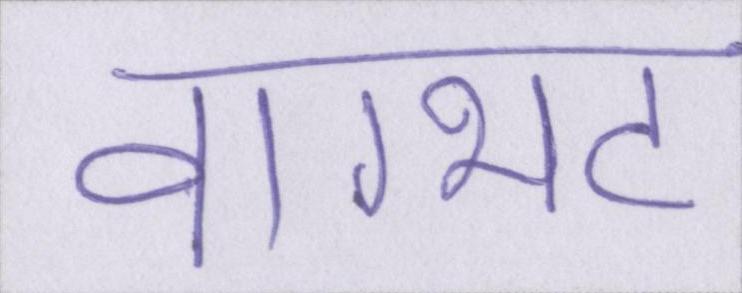
वाग्भट